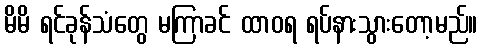
မိမိ ရင်ခုန်သံတွေ မကြာခင် ထာဝရ ရပ်နားသွားတော့မည်။